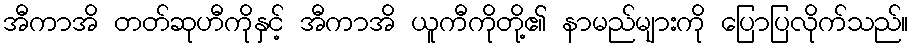
အီကာအိ တတ်ဆုဟီကိုနှင့် အီကာအိ ယူကီကိုတို့၏ နာမည်များကို ပြောပြလိုက်သည်။